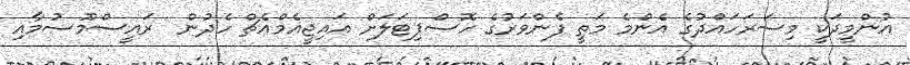
އުންމީދަކީ މިސަރަހައްދުގެ އެންމެ މަތީ ފެންވަރުގެ ހޮސްޕިޓަލަށް އައިޖީއެމްއެޗް ހެދުން  ރައީސްމޫސުމާއި